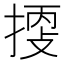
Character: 𢯬